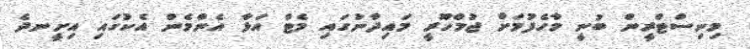
މިނިސްޓްރީން ބުނީ މާހެފުމަށް ޖުމްހޫރީ މައިދާނުގައި މެޓް އަޅާ އެންމެން އެކުގައި އިށީނދެ